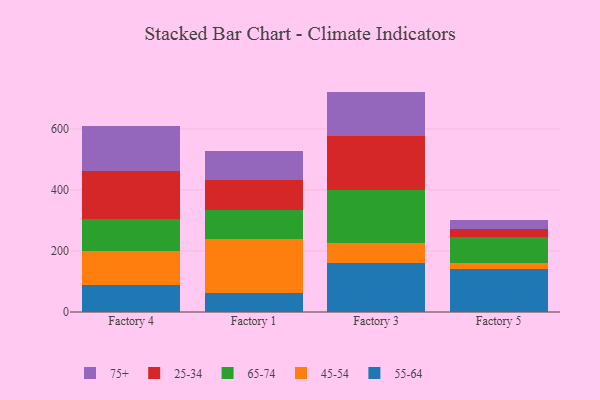
{"axis": {"x": "Factory", "y": "Demand Index"}, "legend": ["25-34", "45-54", "55-64", "65-74", "75+"], "data": [{"x": "Factory 4", "y": 88.8, "type": "55-64"}, {"x": "Factory 4", "y": 110.1, "type": "45-54"}, {"x": "Factory 4", "y": 104.9, "type": "65-74"}, {"x": "Factory 4", "y": 159.6, "type": "25-34"}, {"x": "Factory 4", "y": 145.3, "type": "75+"}, {"x": "Factory 1", "y": 62.8, "type": "55-64"}, {"x": "Factory 1", "y": 175.7, "type": "45-54"}, {"x": "Factory 1", "y": 95.4, "type": "65-74"}, {"x": "Factory 1", "y": 99.9, "type": "25-34"}, {"x": "Factory 1", "y": 93.9, "type": "75+"}, {"x": "Factory 3", "y": 160.1, "type": "55-64"}, {"x": "Factory 3", "y": 65.9, "type": "45-54"}, {"x": "Factory 3", "y": 173.6, "type": "65-74"}, {"x": "Factory 3", "y": 178.1, "type": "25-34"}, {"x": "Factory 3", "y": 144.8, "type": "75+"}, {"x": "Factory 5", "y": 142.4, "type": "55-64"}, {"x": "Factory 5", "y": 19.3, "type": "45-54"}, {"x": "Factory 5", "y": 85.6, "type": "65-74"}, {"x": "Factory 5", "y": 23.7, "type": "25-34"}, {"x": "Factory 5", "y": 31.7, "type": "75+"}]}